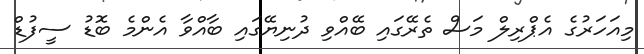
މިއަހަރުގެ އެޕްރިލް މަސް ތެރޭގައި ބޭއްވި ދުނިޔޭގައި ބާއްވާ އެންމެ ބޮޑު ސީފުޑް